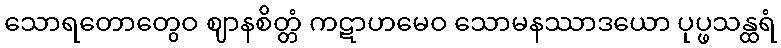
သောရတောတွေဝ ဈာနစိတ္တံ ကဋာဟမေဝ သောမနဿာဒယော ပုပ္ဖသန္ထရံ